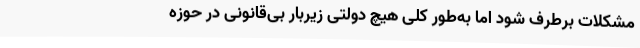
مشکلات برطرف شود اما به‌طور کلی هیچ دولتی زیربار بی‌قانونی در حوزه